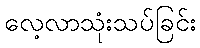
လေ့လာသုံးသပ်ခြင်း